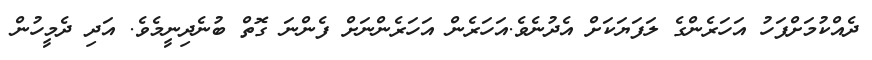
ދެއްކުމަށްފަހު އަހަރެންގެ ލަފަޔަކަށް އެދުނެވެ.އަހަރެން އަހަރެންނަށް ފެންނަ ގޮތް ބުނެދިނީމެވެ. އަދި ދެމީހުން